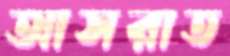
আসরাত